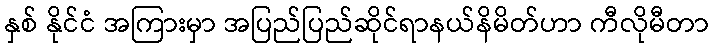
နှစ် နိုင်ငံ အကြားမှာ အပြည်ပြည်ဆိုင်ရာနယ်နိမိတ်ဟာ ကီလိုမီတာ